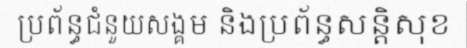
ប្រព័ន្ធជំនួយសង្គម និងប្រព័ន្ធសន្តិសុខ